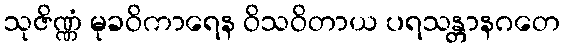
သုဇိဏ္ဏံ မုခဝိကာရေန ဝိသဝိတာယ ပရသန္တာနဂတေ